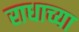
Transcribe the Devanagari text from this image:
राधाच्या